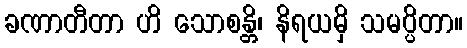
ခဏာတီတာ ဟိ သောစန္တိ၊ နိရယမှိ သမပ္ပိတာ။